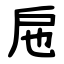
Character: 㦾